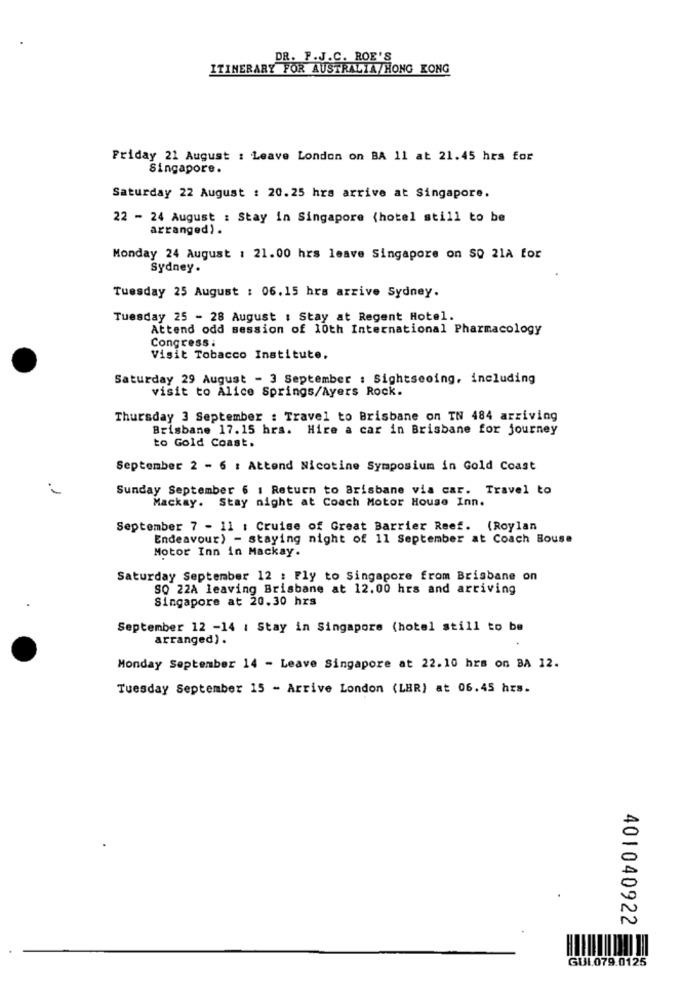
DR. F.J.C. ROE'S
ITINERARY FOR AUSTRALIA/HONG KONG
Friday 21 August : Leave London on BA 11 at 21.45 hrs for
Singapore.
Saturday 22 August : 20.25 hrs arrive at Singapore.
22 - 24 August : Stay in Singapore {hotel still to be
arranged) .
Monday 24 August : 21.00 hrs leave Singapore on SO 21A for
Sydney.
Tuesday 25 August : 06.15 hrs arrive Sydney.
Tuesday 25 - 28 August : Stay at Regent Hotel.
Attend odd session of 10th International Pharmacology
Congress :
Visit Tobacco Institute,
Saturday 29 August - 3 September : Sightseeing, including
visit to Alice Springs/Ayers Rock.
Thursday 3 September : Travel to Brisbane on IN 484 arriving
Brisbane 17.15 hrs. Hire a car in Brisbane for journey
to Gold Coast.
September 2 - 6 : Attend Nicotine Symposium in Gold Coast
Sunday September 6 1 Return to Brisbane via car. Travel to
Mackay. Stay night at Coach Motor House Inn.
September 7 - 11 : Cruise of Great Barrier Reef. (Roylan
Endeavour) - staying night of 11 September at Coach Bouse
Motor Inn in Mackay.
Saturday September 12 : Fly to Singapore from Brisbane on
SO 22A leaving Brisbane at 12.00 hrs and arriving
Singapore at 20.30 hrs
September 12 -14 : Stay in Singapore (hotel still to be
arranged) .
Monday September 14 - Leave Singapore at 22.10 hrs on BA 12.
Tuesday September 15 - Arrive London (LER) at 06.45 hrs.
401040922
GUL.079.0125